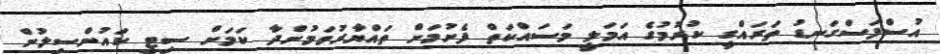
އުސްފަސްގަނޑު ތަރައްގީ ކުރުމުގެ އަމަލީ މަސައްކަތް ފެށުމަށް ތައްޔާރުވަމުންދާ ކަމަށް ސިޓީ ކައުންސިލުން